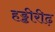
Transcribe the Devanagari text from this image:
हड्डीरीढ़